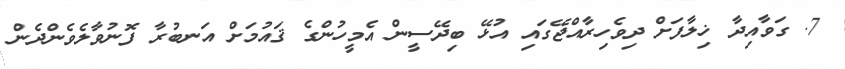
7. ގަވާއިދާ ޚިލާފަށް ދިވެހިރާއްޖޭގައި އުޅޭ ބިދޭސީން އެމީހުންގެ ޤައުމަށް އަނބުރާ ފޮނުވާލެވެންދެން